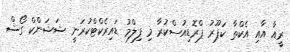
ރީއާ އާއި އެކްތާ ކަޕޫރު ޕްރޮޑިއުސްކުރާ މި ފިލްމު ޑައިރެކްޓްކުރަނީ ޝަޝަންކް ގޯޝް